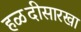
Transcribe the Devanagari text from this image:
हळदीसारखा